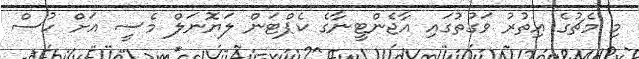
މި މެޗުގެ އިތުރު ވަގުތުގައި އާޖެންޓީނާގެ ކެޕްޓަން ލަޔޮނަލް މެސީ އަށް ހުސް